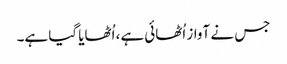
جس نے آواز اُٹھائی ہے، اُٹھایا گیا ہے۔